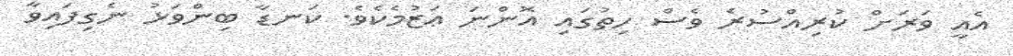
އެއީ ވަރަށް ކުރިއްސުރެ ވެސް ހިތުގައި އޮންނަ ޢަޒުމެކެވެ. ކަނޑާ ބިންވަޅު ނެގިފައިވާ